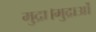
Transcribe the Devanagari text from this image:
मुद्रा।मुद्राओं